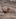
هيا